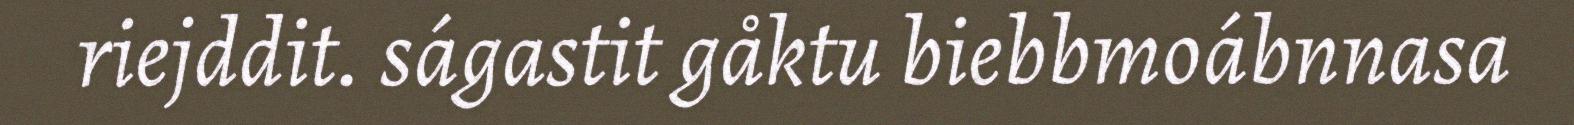
riejddit. ságastit gåktu biebbmoábnnasa